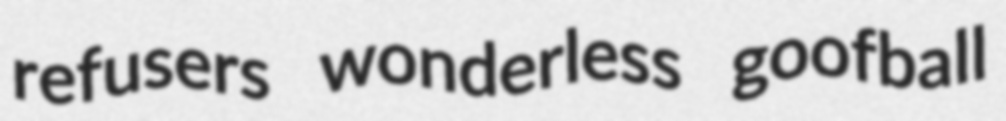
refusers wonderless goofball